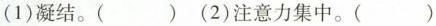
(1)凝结。()(2)注意力集中。()